Civil Veterinary Dept. North-West Frontier Province 1901-22 - 1901-1922
Year: 1901
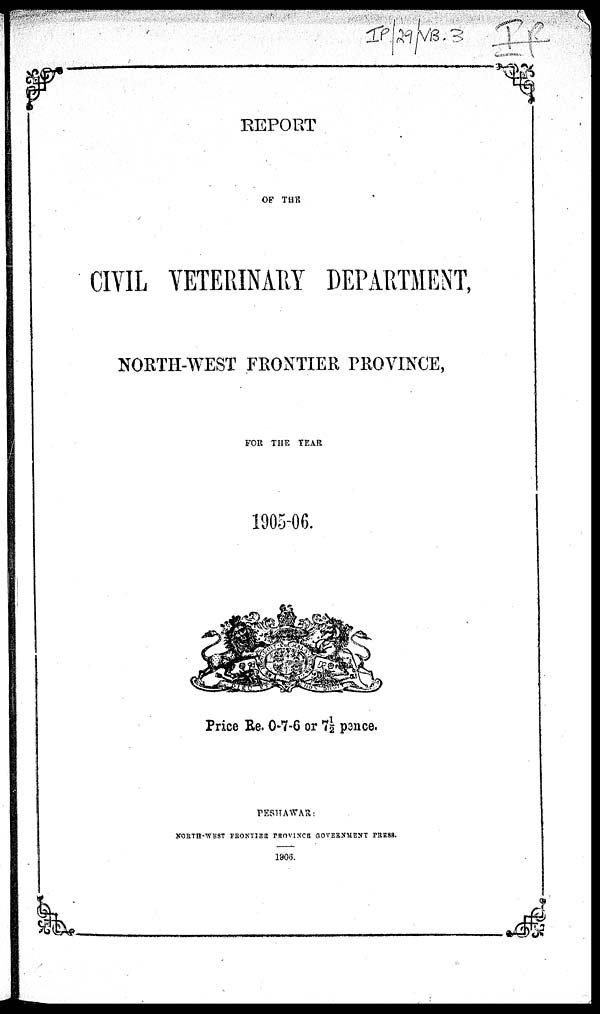
REPORT
OF THE
CIVIL VETERINARY DEPARTMENT,
NORTH-WEST FRONTIER PROVINCE,
FOR THE YEAR
1905-06.
Price Re. 0-7-6 or 7½ pence.
PESHAWAR
NORTH-WEST PRONTIER PROVINCE GOVERNMENT PRESS.
1906.